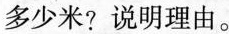
多少米?说明理由。